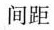
间距